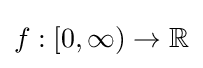
f:[0,\infty )\to \mathbb {R}